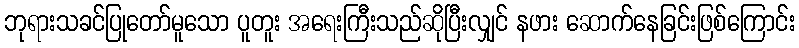
ဘုရားသခင်ပြုတော်မူသော ပူတူး အရေးကြီးသည်ဆိုပြီးလျှင် နဖား ဆောက်နေခြင်းဖြစ်ကြောင်း